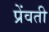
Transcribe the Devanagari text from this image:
प्रेंवती